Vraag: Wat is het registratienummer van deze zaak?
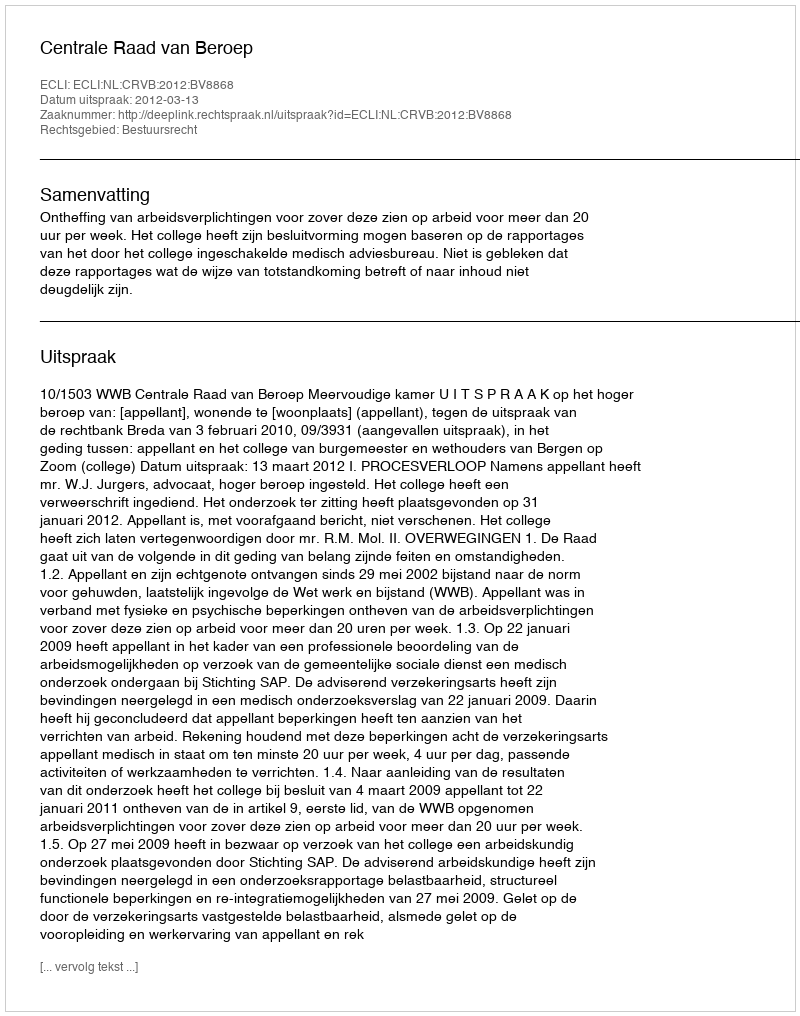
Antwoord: http://deeplink.rechtspraak.nl/uitspraak?id=ECLI:NL:CRVB:2012:BV8868